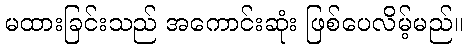
မထားခြင်းသည် အကောင်းဆုံး ဖြစ်ပေလိမ့်မည်။